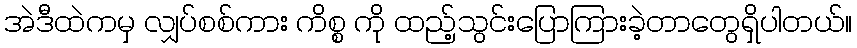
အဲဒီထဲကမှ လျှပ်စစ်ကား ကိစ္စ ကို ထည့်သွင်းပြောကြားခဲ့တာတွေရှိပါတယ်။